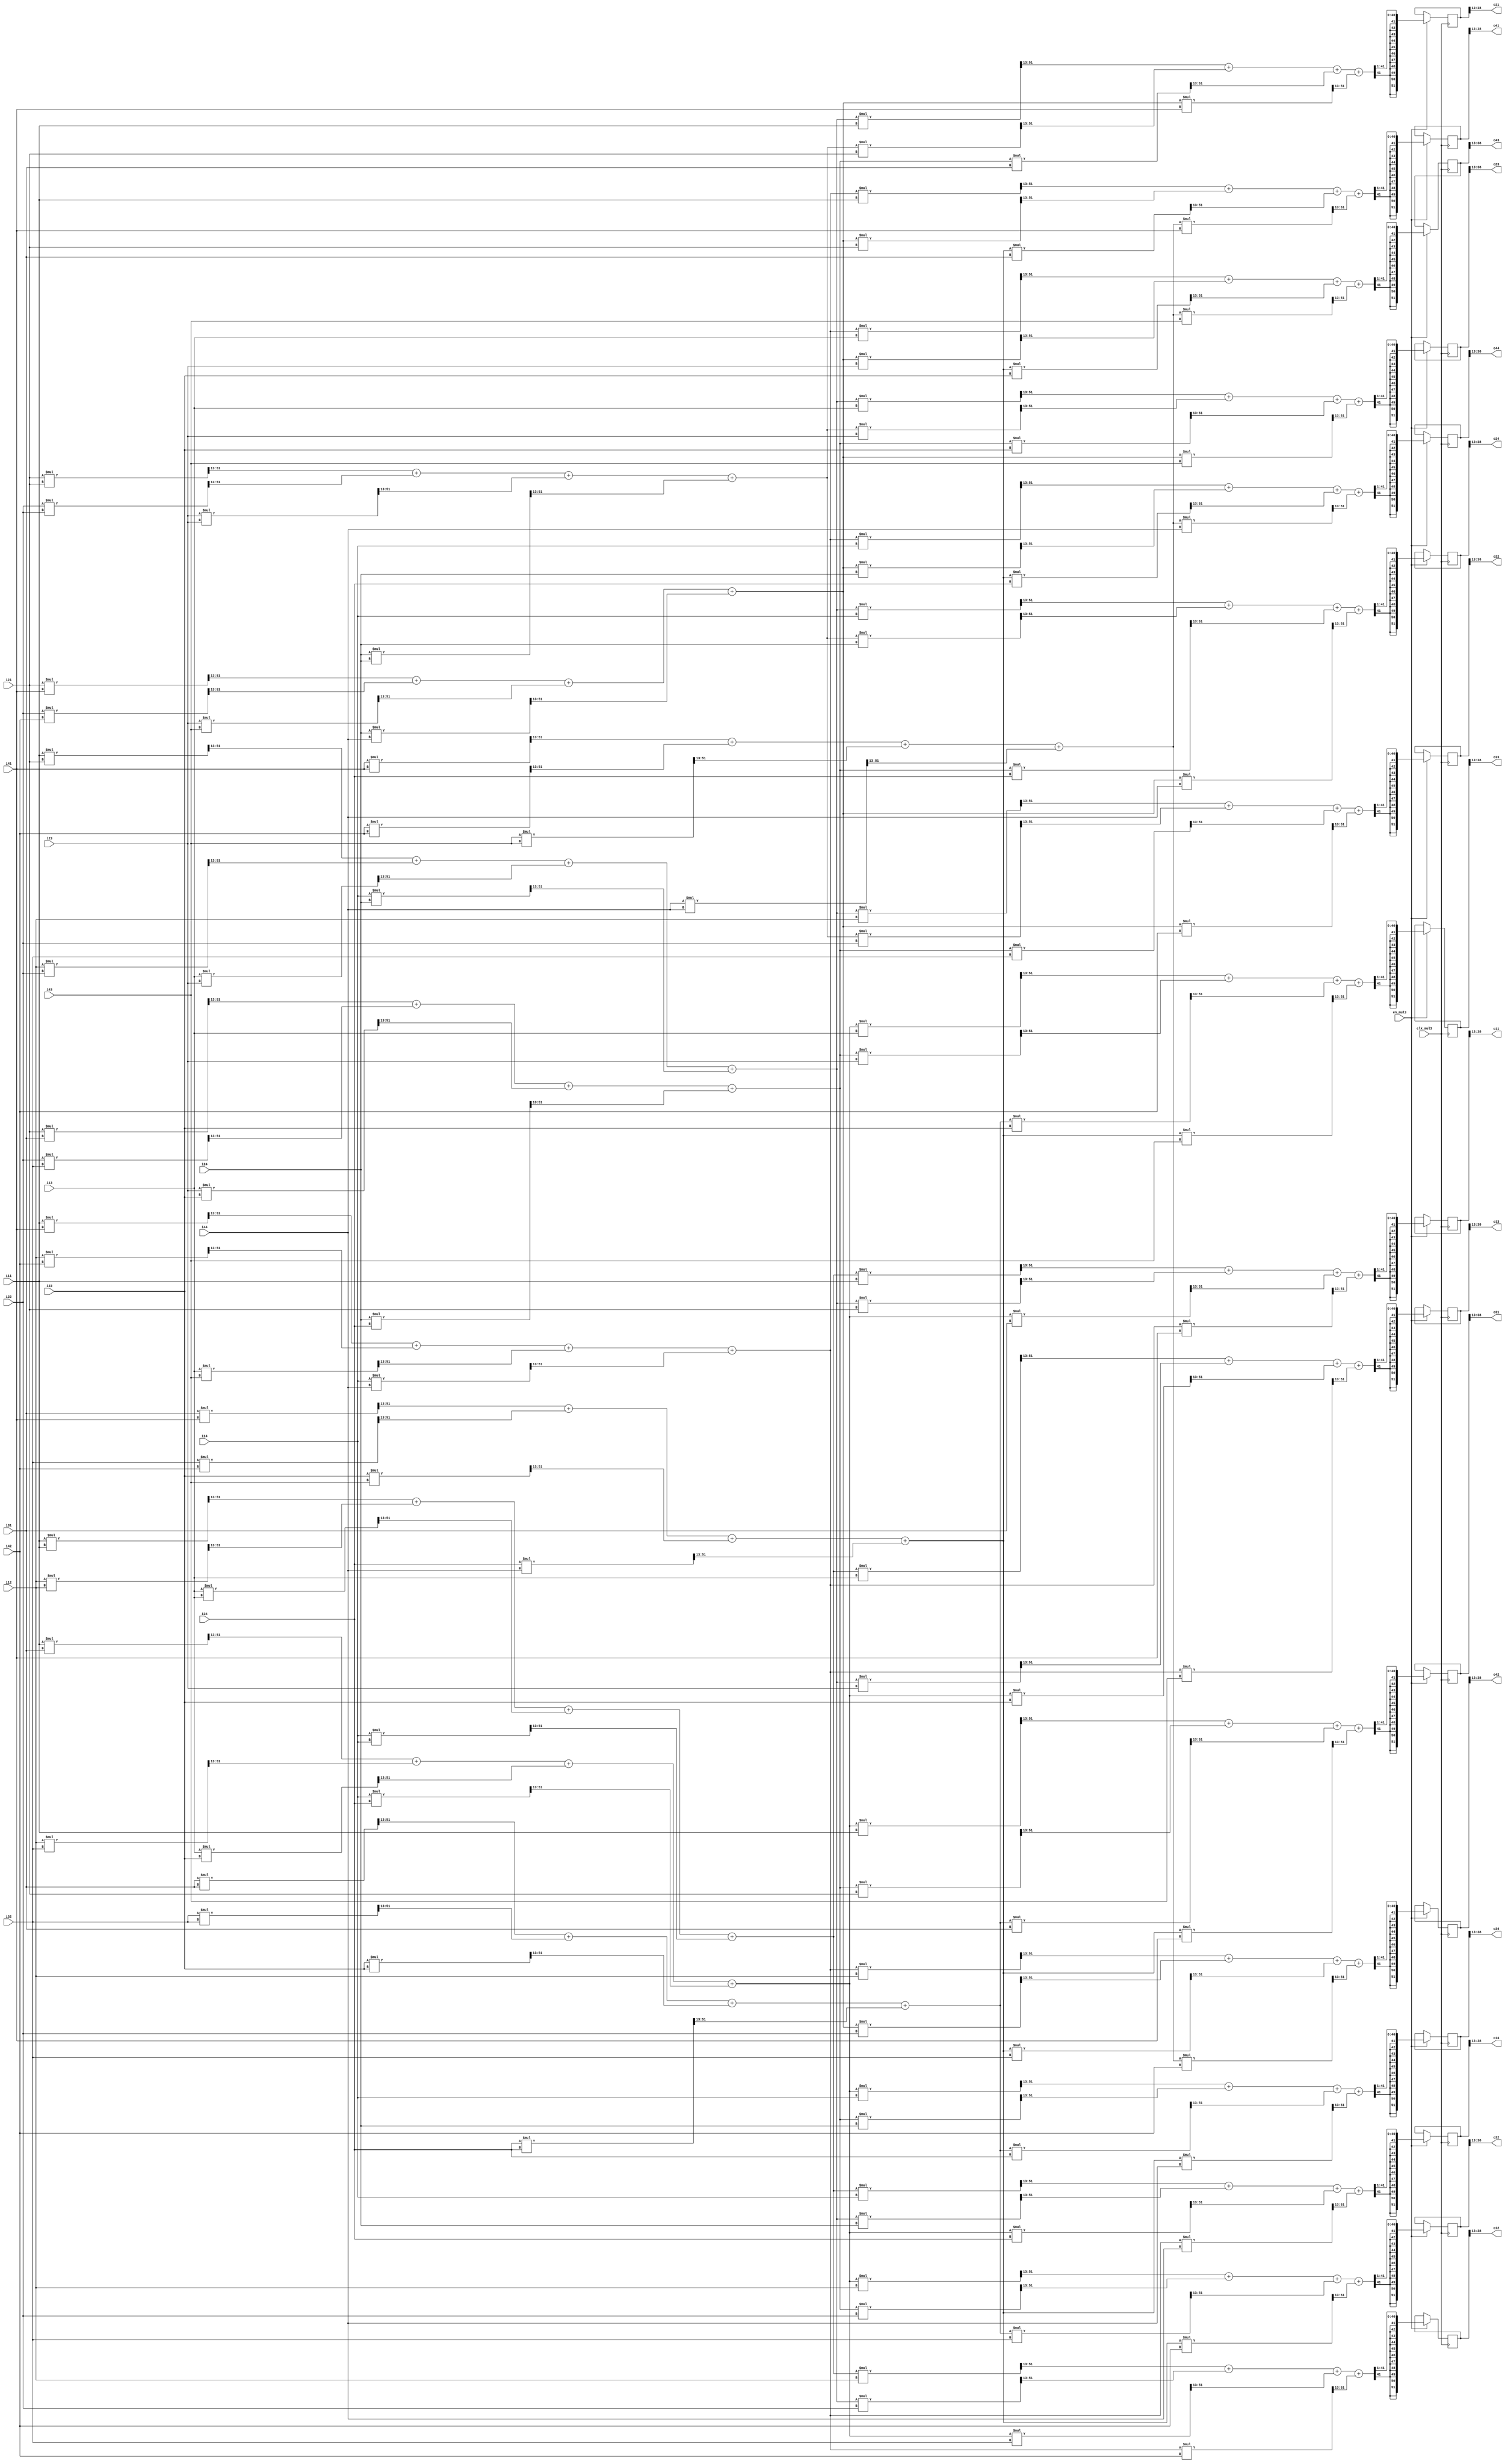
module SYMM_MUL3 (
    input clk_mul3,
    input en_mul3,

    input signed [25:0] i11, i12, i13, i14,
    input signed [25:0] i21, i22, i23, i24,
    input signed [25:0] i31, i32, i33, i34,
    input signed [25:0] i41, i42, i43, i44,

    output reg signed [25:0] o11, o12, o13, o14,
    output reg signed [25:0] o21, o22, o23, o24,
    output reg signed [25:0] o31, o32, o33, o34,
    output reg signed [25:0] o41, o42, o43, o44
);

reg signed [51:0] wwT11, wwT12, wwT13, wwT14;
reg signed [51:0] wwT21, wwT22, wwT23, wwT24;
reg signed [51:0] wwT31, wwT32, wwT33, wwT34;
reg signed [51:0] wwT41, wwT42, wwT43, wwT44;

reg signed [51:0] wwTw11, wwTw12, wwTw13, wwTw14;
reg signed [51:0] wwTw21, wwTw22, wwTw23, wwTw24;
reg signed [51:0] wwTw31, wwTw32, wwTw33, wwTw34;
reg signed [51:0] wwTw41, wwTw42, wwTw43, wwTw44;

reg signed [51:0] o11_reg, o12_reg, o13_reg, o14_reg;
reg signed [51:0] o21_reg, o22_reg, o23_reg, o24_reg;
reg signed [51:0] o31_reg, o32_reg, o33_reg, o34_reg;
reg signed [51:0] o41_reg, o42_reg, o43_reg, o44_reg;

assign o11 = o11_reg[38:13];
assign o12 = o12_reg[38:13];
assign o13 = o13_reg[38:13];
assign o14 = o14_reg[38:13];
assign o21 = o21_reg[38:13];
assign o22 = o22_reg[38:13];
assign o23 = o23_reg[38:13];
assign o24 = o24_reg[38:13];
assign o31 = o31_reg[38:13];
assign o32 = o32_reg[38:13];
assign o33 = o33_reg[38:13];
assign o34 = o34_reg[38:13];
assign o41 = o41_reg[38:13];
assign o42 = o42_reg[38:13];
assign o43 = o43_reg[38:13];
assign o44 = o44_reg[38:13];

always @(*) begin
    wwT11 = ((i11 * i11) >>> 13) + ((i12 * i12) >>> 13) + ((i13 * i13) >>> 13) + ((i14 * i14) >>> 13);
    wwT12 = ((i11 * i21) >>> 13) + ((i12 * i22) >>> 13) + ((i13 * i23) >>> 13) + ((i14 * i24) >>> 13);
    wwT13 = ((i11 * i31) >>> 13) + ((i12 * i32) >>> 13) + ((i13 * i33) >>> 13) + ((i14 * i34) >>> 13);
    wwT14 = ((i11 * i41) >>> 13) + ((i12 * i42) >>> 13) + ((i13 * i43) >>> 13) + ((i14 * i44) >>> 13);
    wwT21 = ((i21 * i11) >>> 13) + ((i22 * i12) >>> 13) + ((i23 * i13) >>> 13) + ((i24 * i14) >>> 13);
    wwT22 = ((i21 * i21) >>> 13) + ((i22 * i22) >>> 13) + ((i23 * i23) >>> 13) + ((i24 * i24) >>> 13);
    wwT23 = ((i21 * i31) >>> 13) + ((i22 * i32) >>> 13) + ((i23 * i33) >>> 13) + ((i24 * i34) >>> 13);
    wwT24 = ((i21 * i41) >>> 13) + ((i22 * i42) >>> 13) + ((i23 * i43) >>> 13) + ((i24 * i44) >>> 13);
    wwT31 = ((i31 * i11) >>> 13) + ((i32 * i12) >>> 13) + ((i33 * i13) >>> 13) + ((i34 * i14) >>> 13);
    wwT32 = ((i31 * i21) >>> 13) + ((i32 * i22) >>> 13) + ((i33 * i23) >>> 13) + ((i34 * i24) >>> 13);
    wwT33 = ((i31 * i31) >>> 13) + ((i32 * i32) >>> 13) + ((i33 * i33) >>> 13) + ((i34 * i34) >>> 13);
    wwT34 = ((i31 * i41) >>> 13) + ((i32 * i42) >>> 13) + ((i33 * i43) >>> 13) + ((i34 * i44) >>> 13);
    wwT41 = ((i41 * i11) >>> 13) + ((i42 * i12) >>> 13) + ((i43 * i13) >>> 13) + ((i44 * i14) >>> 13);
    wwT42 = ((i41 * i21) >>> 13) + ((i42 * i22) >>> 13) + ((i43 * i23) >>> 13) + ((i44 * i24) >>> 13);
    wwT43 = ((i41 * i31) >>> 13) + ((i42 * i32) >>> 13) + ((i43 * i33) >>> 13) + ((i44 * i34) >>> 13);
    wwT44 = ((i41 * i41) >>> 13) + ((i42 * i42) >>> 13) + ((i43 * i43) >>> 13) + ((i44 * i44) >>> 13);

    wwTw11 = ((wwT11 * i11) >>> 13) + ((wwT12 * i21) >>> 13) + ((wwT13 * i31) >>> 13) + ((wwT14 * i41) >>> 13);
    wwTw12 = ((wwT11 * i12) >>> 13) + ((wwT12 * i22) >>> 13) + ((wwT13 * i32) >>> 13) + ((wwT14 * i42) >>> 13);
    wwTw13 = ((wwT11 * i13) >>> 13) + ((wwT12 * i23) >>> 13) + ((wwT13 * i33) >>> 13) + ((wwT14 * i43) >>> 13);
    wwTw14 = ((wwT11 * i14) >>> 13) + ((wwT12 * i24) >>> 13) + ((wwT13 * i34) >>> 13) + ((wwT14 * i44) >>> 13);
    wwTw21 = ((wwT21 * i11) >>> 13) + ((wwT22 * i21) >>> 13) + ((wwT23 * i31) >>> 13) + ((wwT24 * i41) >>> 13);
    wwTw22 = ((wwT21 * i12) >>> 13) + ((wwT22 * i22) >>> 13) + ((wwT23 * i32) >>> 13) + ((wwT24 * i42) >>> 13);
    wwTw23 = ((wwT21 * i13) >>> 13) + ((wwT22 * i23) >>> 13) + ((wwT23 * i33) >>> 13) + ((wwT24 * i43) >>> 13);
    wwTw24 = ((wwT21 * i14) >>> 13) + ((wwT22 * i24) >>> 13) + ((wwT23 * i34) >>> 13) + ((wwT24 * i44) >>> 13);
    wwTw31 = ((wwT31 * i11) >>> 13) + ((wwT32 * i21) >>> 13) + ((wwT33 * i31) >>> 13) + ((wwT34 * i41) >>> 13);
    wwTw32 = ((wwT31 * i12) >>> 13) + ((wwT32 * i22) >>> 13) + ((wwT33 * i32) >>> 13) + ((wwT34 * i42) >>> 13);
    wwTw33 = ((wwT31 * i13) >>> 13) + ((wwT32 * i23) >>> 13) + ((wwT33 * i33) >>> 13) + ((wwT34 * i43) >>> 13);
    wwTw34 = ((wwT31 * i14) >>> 13) + ((wwT32 * i24) >>> 13) + ((wwT33 * i34) >>> 13) + ((wwT34 * i44) >>> 13);
    wwTw41 = ((wwT41 * i11) >>> 13) + ((wwT42 * i21) >>> 13) + ((wwT43 * i31) >>> 13) + ((wwT44 * i41) >>> 13);
    wwTw42 = ((wwT41 * i12) >>> 13) + ((wwT42 * i22) >>> 13) + ((wwT43 * i32) >>> 13) + ((wwT44 * i42) >>> 13);
    wwTw43 = ((wwT41 * i13) >>> 13) + ((wwT42 * i23) >>> 13) + ((wwT43 * i33) >>> 13) + ((wwT44 * i43) >>> 13);
    wwTw44 = ((wwT41 * i14) >>> 13) + ((wwT42 * i24) >>> 13) + ((wwT43 * i34) >>> 13) + ((wwT44 * i44) >>> 13);
end

always @(posedge clk_mul3) begin
    if (en_mul3) begin
        o11_reg <= wwTw11 >>> 1; o12_reg <= wwTw12 >>> 1; o13_reg <= wwTw13 >>> 1; o14_reg <= wwTw14 >>> 1;
        o21_reg <= wwTw21 >>> 1; o22_reg <= wwTw22 >>> 1; o23_reg <= wwTw23 >>> 1; o24_reg <= wwTw24 >>> 1;
        o31_reg <= wwTw31 >>> 1; o32_reg <= wwTw32 >>> 1; o33_reg <= wwTw33 >>> 1; o34_reg <= wwTw34 >>> 1;
        o41_reg <= wwTw41 >>> 1; o42_reg <= wwTw42 >>> 1; o43_reg <= wwTw43 >>> 1; o44_reg <= wwTw44 >>> 1;
    end else begin
        // o11 <= i11; o12 <= i12; o13 <= i13; o14 <= i14;
        // o21 <= i21; o22 <= i22; o23 <= i23; o24 <= i24;
        // o31 <= i31; o32 <= i32; o33 <= i33; o34 <= i34;
        // o41 <= i41; o42 <= i42; o43 <= i43; o44 <= i44;
    end
end
    
endmodule